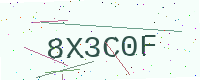
Text: 8X3C0F